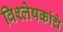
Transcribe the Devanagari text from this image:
विश्लेषकांचे